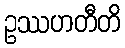
ဥဿဟတီတိ